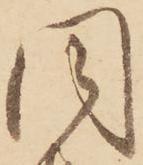
同